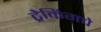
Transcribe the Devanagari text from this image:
ट्रेकिंगचे